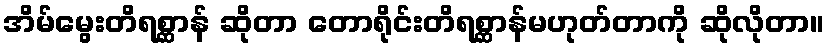
အိမ်မွေးတိရစ္ဆာန် ဆိုတာ တောရိုင်းတိရစ္ဆာန်မဟုတ်တာကို ဆိုလိုတာ။